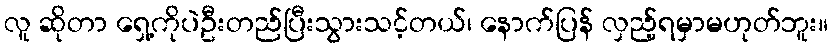
လူ ဆိုတာ ရှေ့ကိုပဲဦးတည်ပြီးသွားသင့်တယ်၊ နောက်ပြန် လှည့်ရမှာမဟုတ်ဘူး။